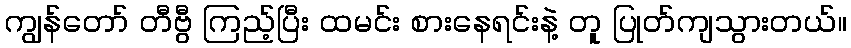
ကျွန်တော် တီဗွီ ကြည့်ပြီး ထမင်း စားနေရင်းနဲ့ တူ ပြုတ်ကျသွားတယ်။